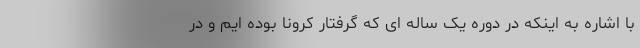
با اشاره به اینکه در دوره یک ساله ای که گرفتار کرونا بوده ایم و در